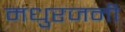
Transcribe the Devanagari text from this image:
मधुरजनी